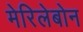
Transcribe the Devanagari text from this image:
मेरिलेबोन